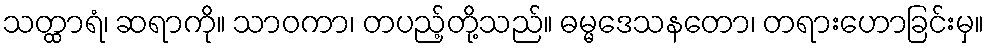
သတ္ထာရံ၊ ဆရာကို။ သာဝကာ၊ တပည့်တို့သည်။ ဓမ္မဒေသနတော၊ တရားဟောခြင်းမှ။